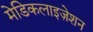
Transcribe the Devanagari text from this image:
मेडिकलाइज़ेशन